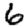
Digit: 6